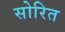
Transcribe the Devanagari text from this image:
सोरित